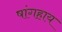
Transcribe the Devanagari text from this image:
षांगहाय